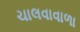
ચાલવાવાળા